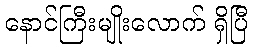
နောင်ကြီးမျိုးလောက် ရှိပြီ